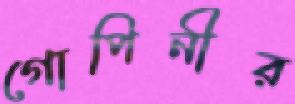
গোপিনীর